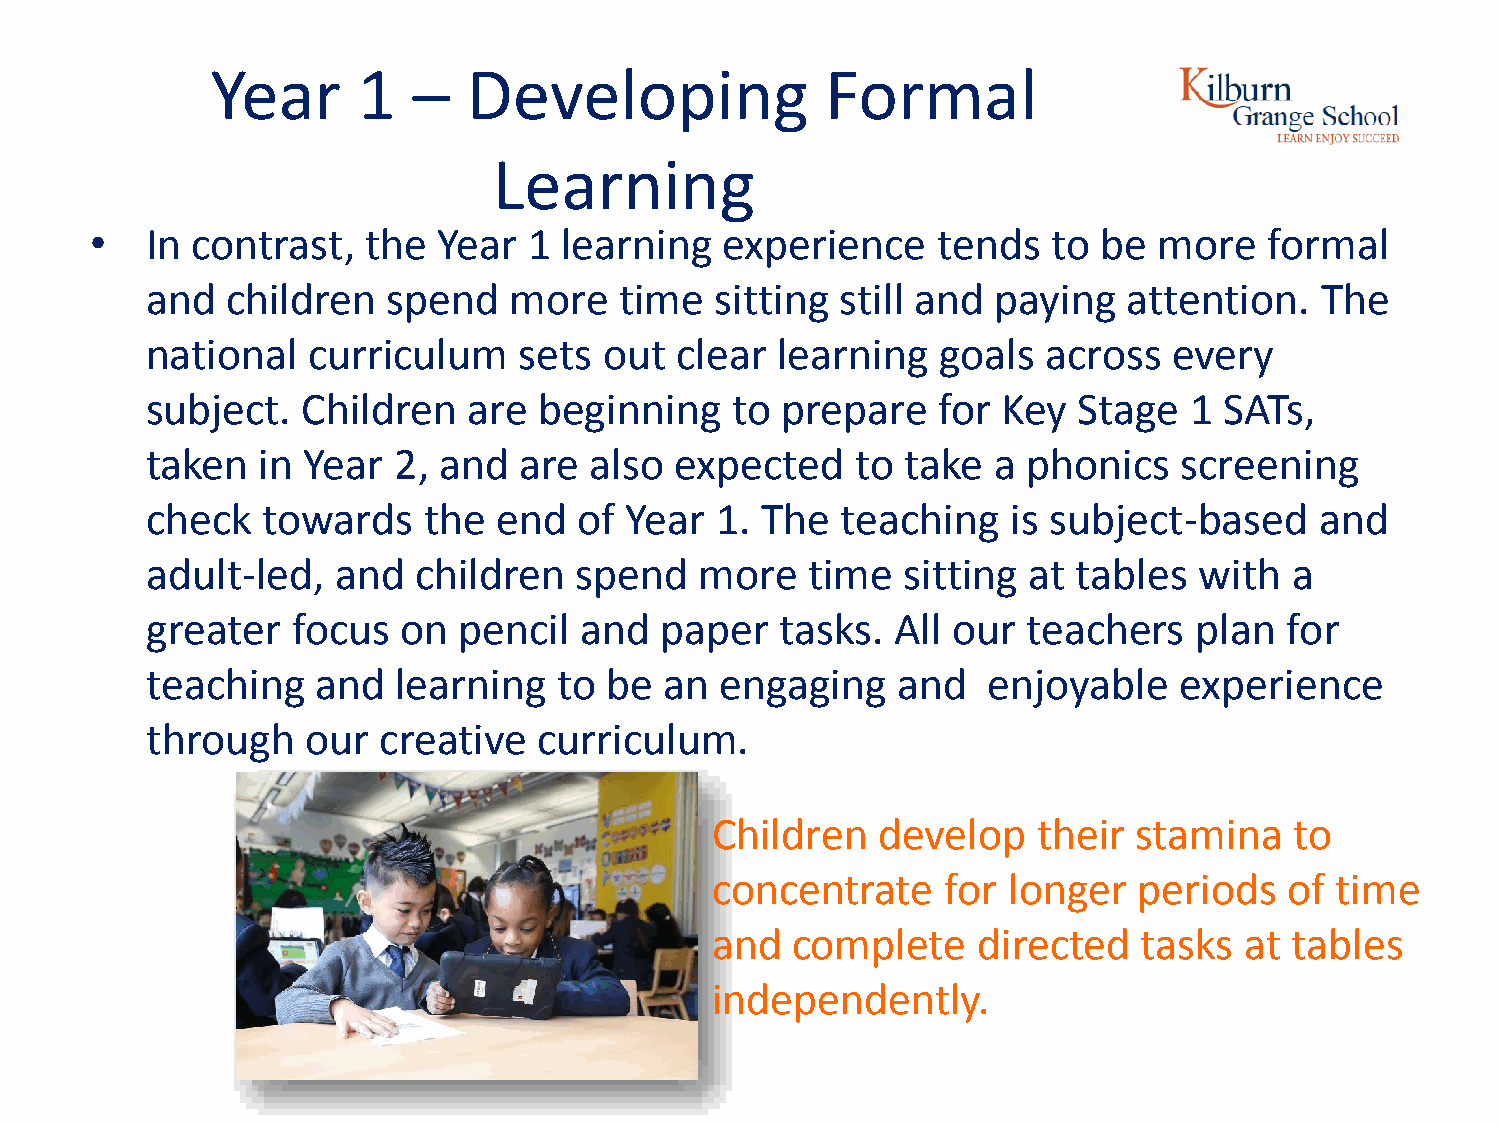
Year      1  –   Developing              Formal
 Learning
 •   In contrast,  the  Year  1 learning   experience    tends   to be  more   formal
 and  children   spend   more   time  sitting  still and paying   attention.  The
 national  curriculum    sets  out  clear learning   goals  across   every
 subject.  Children   are  beginning   to  prepare   for Key  Stage   1 SATs,
 taken  in Year  2, and  are  also  expected    to take  a phonics   screening
 check  towards    the  end  of Year  1. The   teaching   is subject-based    and
 adult-led,  and  children   spend   more    time  sitting at tables  with   a
 greater  focus   on pencil  and   paper   tasks. All our  teachers   plan  for
 teaching   and  learning   to be  an  engaging   and   enjoyable    experience
 through   our  creative   curriculum.
 Children   develop    their stamina    to
 concentrate     for longer  periods   of time
 and  complete     directed   tasks at  tables
 independently.